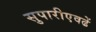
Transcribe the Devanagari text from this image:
सुपारीएवढें